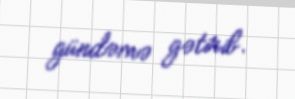
gündəmə gətirib.